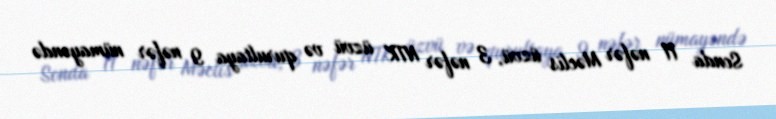
Sonda 11 nəfər Məclis üzvü, 3 nəfər NTK üzvü və qurultaya 9 nəfər nümayəndə